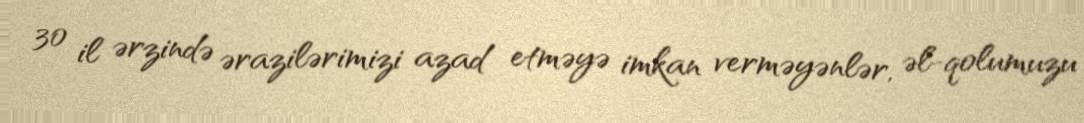
30 il ərzində ərazilərimizi azad etməyə imkan verməyənlər, əl-qolumuzu